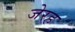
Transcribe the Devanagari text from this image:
जेरह